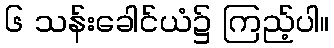
၆ သန်းခေါင်ယံ၌ ကြည့်ပါ။